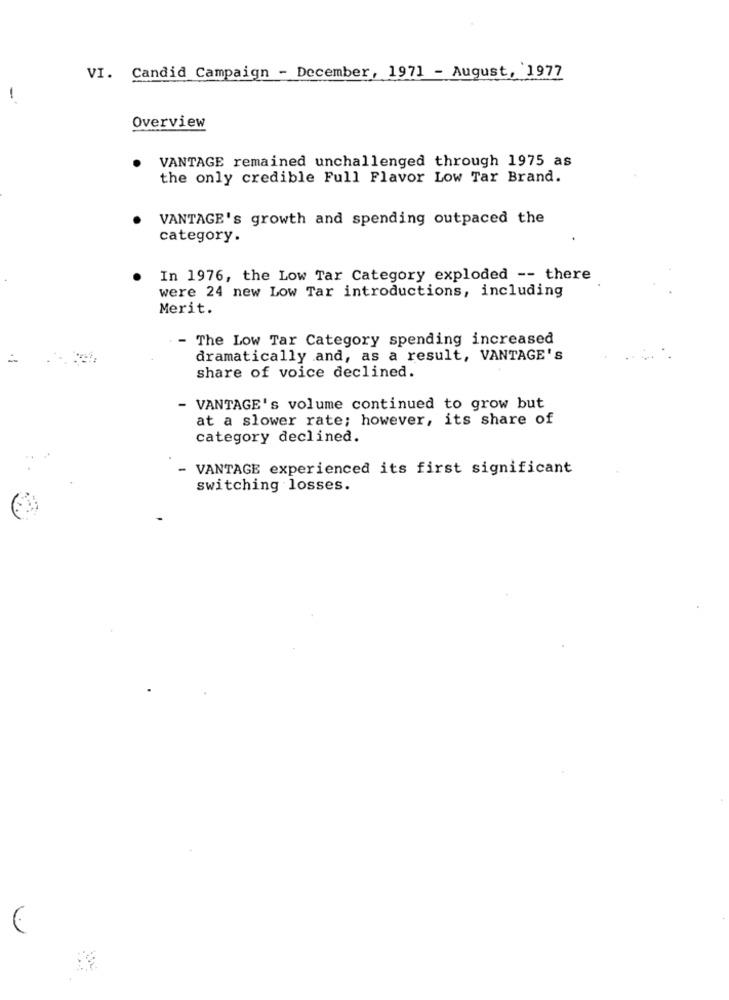
VI. Candid Campaign - December, 1971 - August, 1977
-
Overview
VANTAGE remained unchallenged through 1975 as
the only credible Full Flavor Low Tar Brand.
VANTAGE's growth and spending outpaced the
category.
In 1976, the Low Tar Category exploded -- there
were 24 new Low Tar introductions, including
Merit.
- The Low Tar Category spending increased
dramatically and, as a result, VANTAGE'S
share of voice declined.
- VANTAGE's volume continued to grow but
at a slower rate; however, its share of
category declined.
- VANTAGE experienced its first significant
switching losses.
6